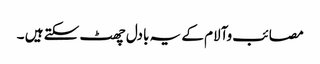
مصائب وآلام کے یہ بادل چھٹ سکتے ہیں ۔